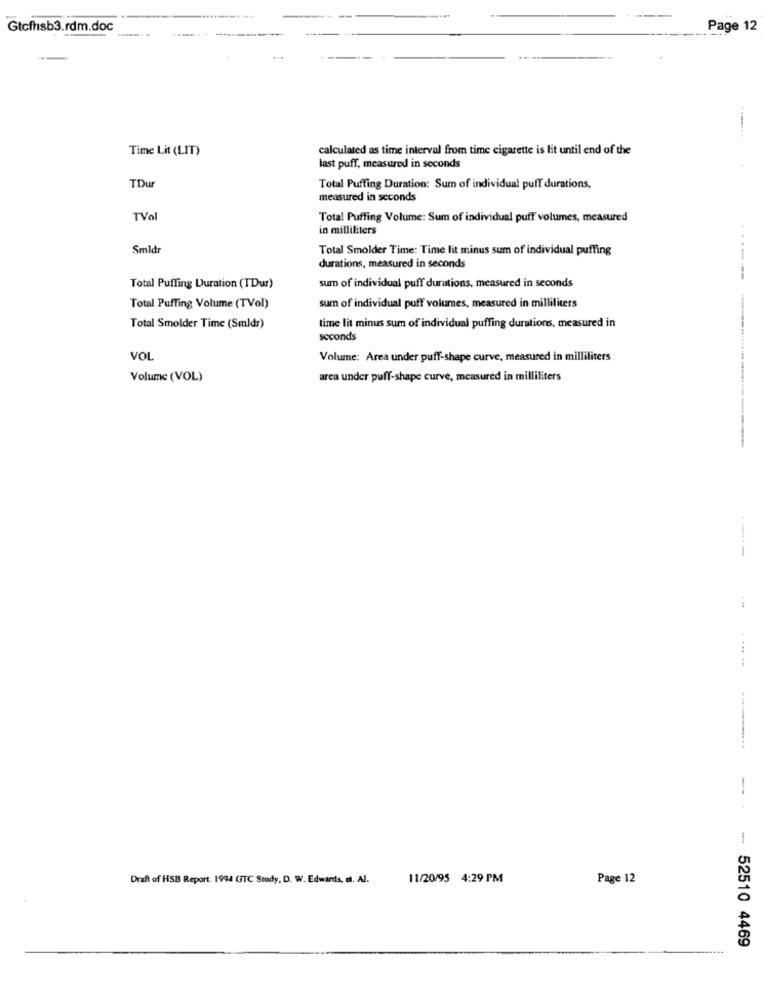
Gtcfhsb3.rdm.doc
Page 12
Time Lit (LIT)
calculated as time interval from time cigarette is lit until end of the
last puff, measured in seconds
TDur
Total Puffing Duration: Sum of individual puff durations,
measured in seconds
TVal
Total Puffing Volume: Sum of individual puff volumes, measured
in milliliters
Smldr
Total Smolder Time: Time lit minus sum of individual puffing
durations, measured in seconds
Total Puffing Duration (TDur)
sum of individual puff durations, measured in seconds
Total Puffing Volume (TVol)
sum of individual puff volumes, measured in milliliters
Total Smolder Time (Smldr)
time lit minus sum of individual puffing durations, measured in
seconds
VOL
Volume: Area under puff-shape curve, measured in milliliters
Volume (VOL)
area under puff-shape curve, measured in milliliters
......
--
Draft of HSB Report: 1994 GTC Study, D. W. Edwards, et. Al.
11/20/95 4:29 PM
Page 12
- 52510 4469